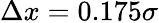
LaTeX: \Delta x=0.175\sigma